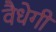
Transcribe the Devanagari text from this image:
वैधेगी